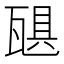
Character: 𪼻